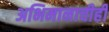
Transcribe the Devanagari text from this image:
अभिमानाचीही